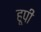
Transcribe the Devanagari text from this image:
हूपी